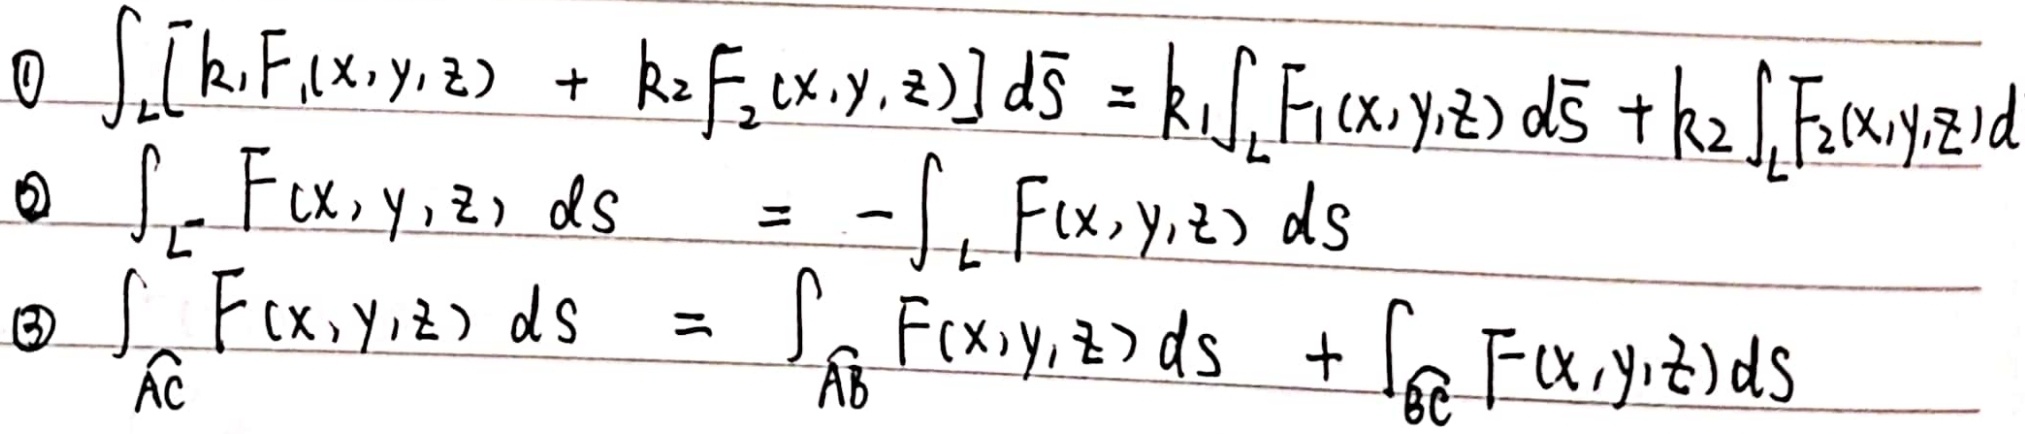
\begin{align*}
\textcircled{1}&\int_{L}[k_1F_1(x,y,z)+k_2F_2(x,y,z)]d\overline{S}=k_1\int_{L}F_1(x,y,z)d\overline{S}+k_2\int_{L}F_2(x,y,z)d\\
\textcircled{2}&\int_{L^{-}}F(x,y,z)ds=-\int_{L}F(x,y,z)ds\\
\textcircled{3}&\int_{\overset{\frown}{AC}}F(x,y,z)ds=\int_{\overset{\frown}{AB}}F(x,y,z)ds+\int_{\overset{\frown}{BC}}F(x,y,z)ds
\end{align*}